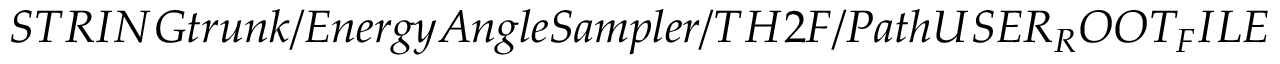
S T R I N G t r u n k / E n e r g y A n g l e S a m p l e r / T H 2 F / P a t h U S E R _ { R } O O T _ { F } I L E